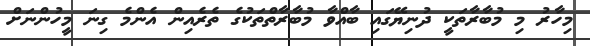
މިހާރު މި މުބާރާތަކީ ދުނިޔޭގައި ބާއްވާ މުބާރާތްތަކުގެ ތެރެއިން އެންމެ ގިނަ މީހުންނަށް